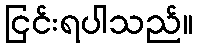
ငြင်းရပါသည်။